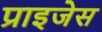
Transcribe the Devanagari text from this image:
प्राइजेस